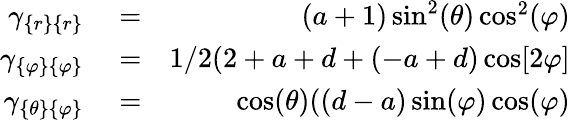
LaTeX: \begin{array}{rlr}{\gamma_{\{ r\} \{ r\} }}&{{}=}&{(a+1)\sin^{2}(\theta)\cos^{2}(\varphi)}\\ {\gamma_{\{ \varphi\} \{ \varphi\} }}&{{}=}&{1/2(2+a+d+(-a+d)\cos[2\varphi]}\\ {\gamma_{\{ \theta\} \{ \varphi\} }}&{{}=}&{\cos(\theta)((d-a)\sin(\varphi)\cos(\varphi)}\end{array}